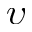
\upsilon